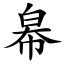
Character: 㡍